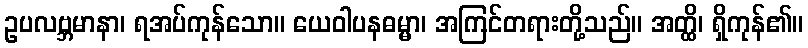
ဥပလဗ္ဘမာနာ၊ ရအပ်ကုန်သော။ ယေဝါပနဓမ္မာ၊ အကြင်တရားတို့သည်။ အတ္ထိ၊ ရှိကုန်၏။